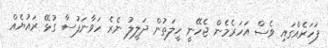
ފަހަރެއްގައި ވެސް އަހަރެމެން ޖެހޭނީ ހީލަތުން ދަލީލު ނެރެ ހަވާނަފުސާ ގުޅޭ ރައުޔެއް